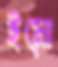
ইমো